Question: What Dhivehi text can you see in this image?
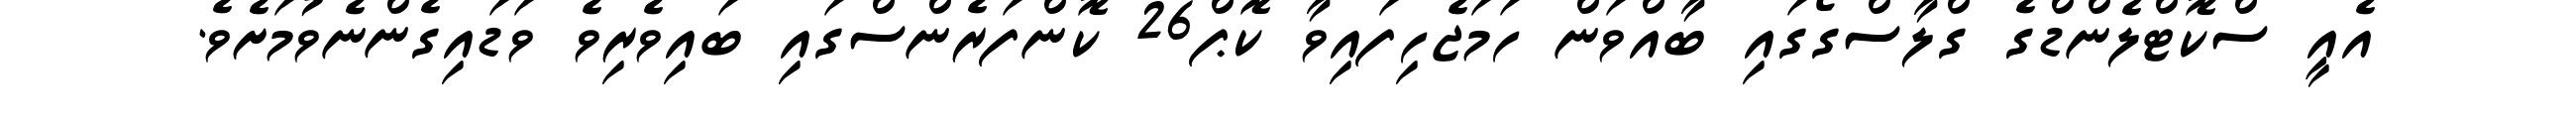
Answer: އެއީ ސްކޮޓްލެންޑްގެ ގްލާސްގޯގައި ބާއްވަން ހަމަޖެހިފައިވާ ކޮޕް26 ކޮންފަރެންސްގައި ބައިވެރިވެ ވަޑައިގެންނެވުމަށެވެ.